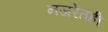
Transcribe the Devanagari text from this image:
नजरेतही